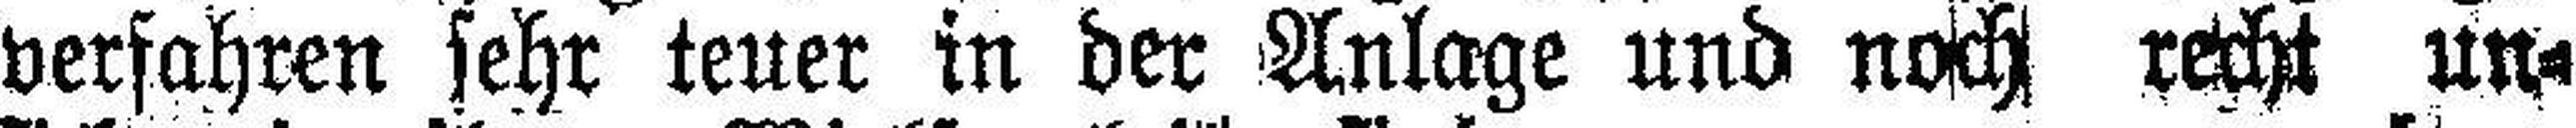
verfahren sehr teuer in der Anlage und noch recht un¬